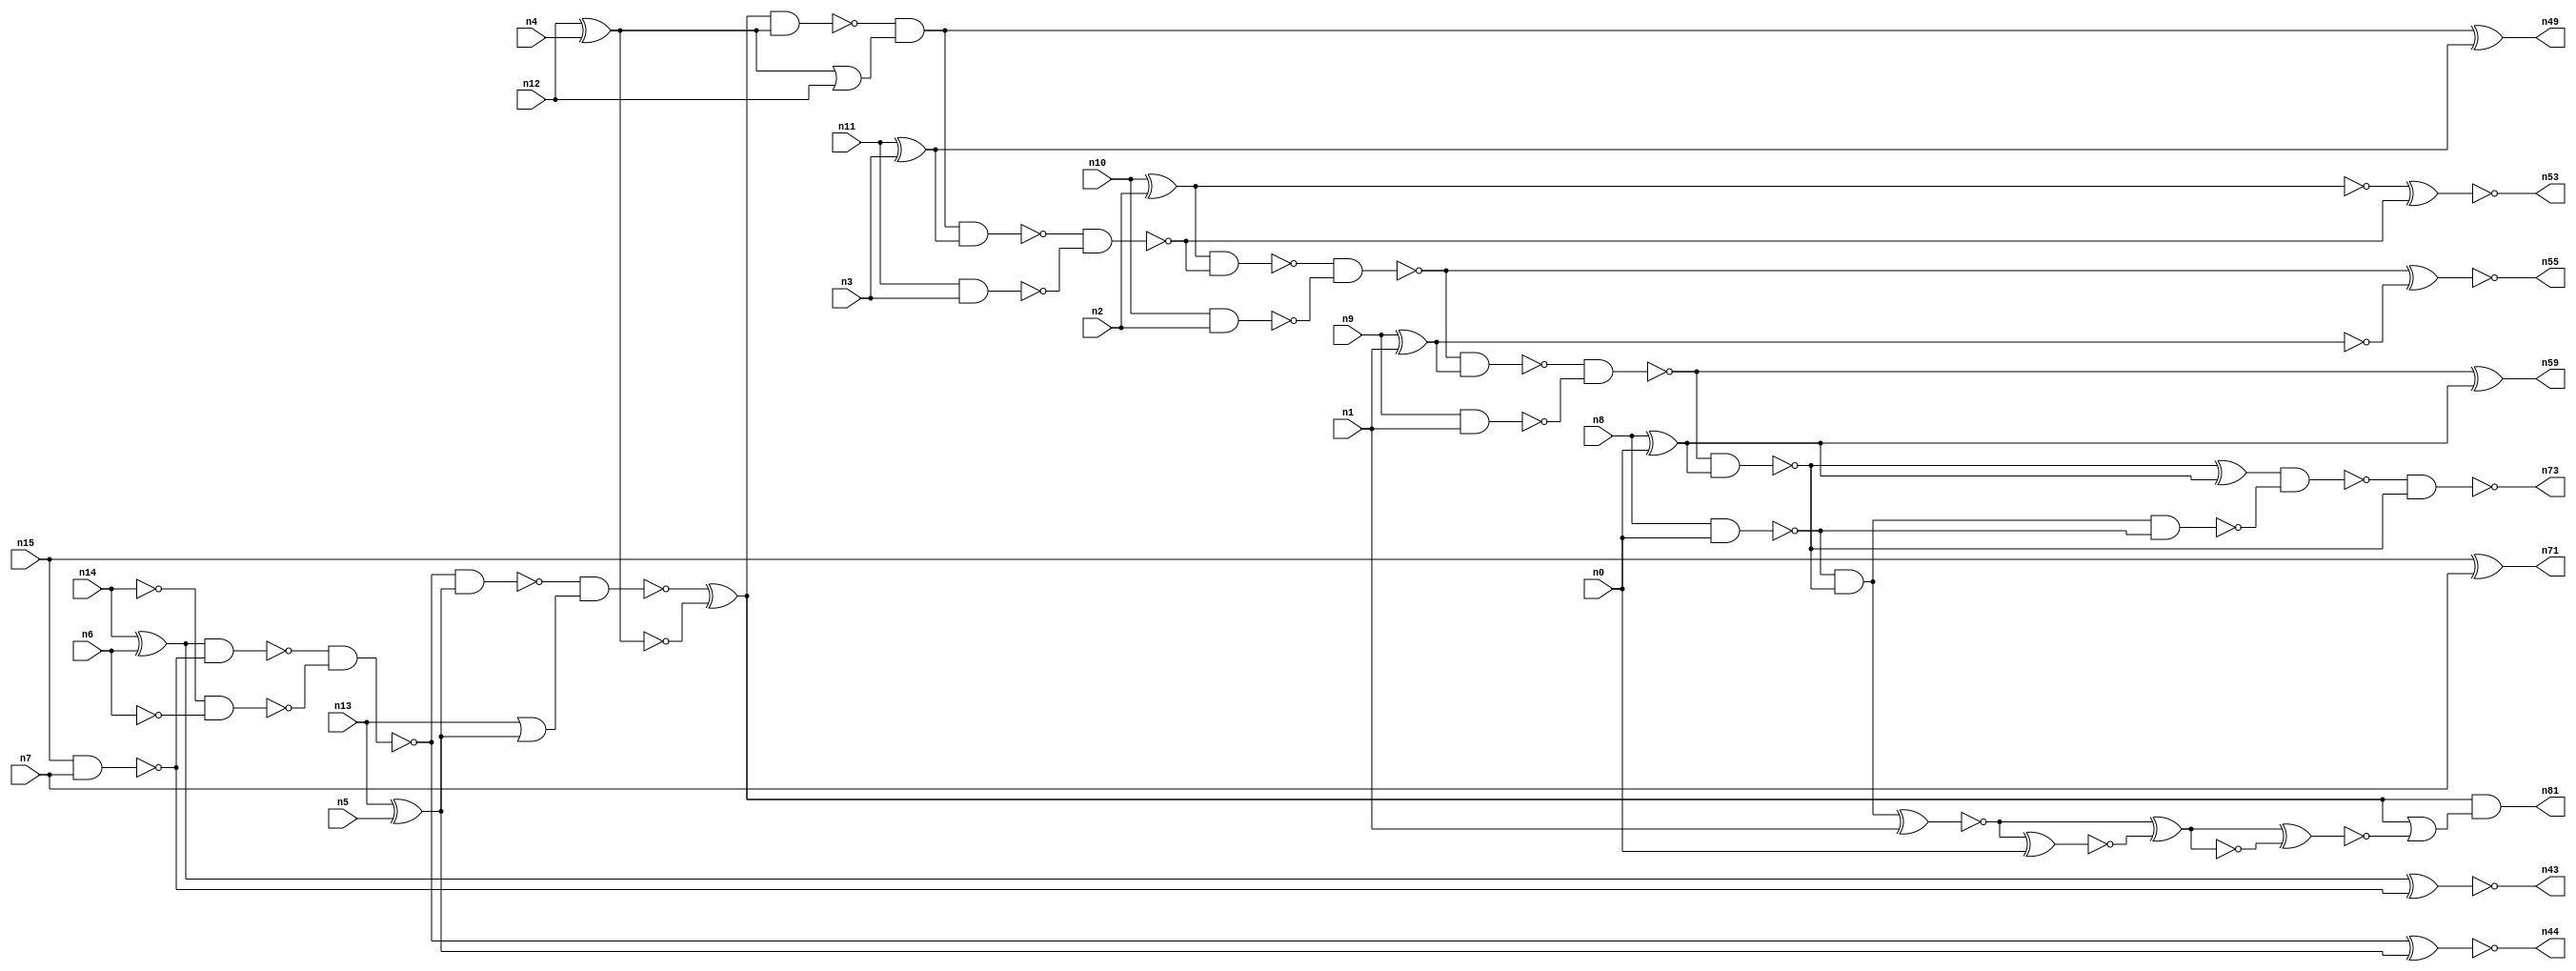
// This program was cloned from: https://github.com/umar-afzaal/ReCkt
// License: MIT License

// This file contains a pareto-optimal circuit with respect to power and the fault-resilince parameter p_fault which is defined as:
// "For all input vectors, the ratio of the no. of faults observable at the POs to the no. of total possible faults in the circuit".
// This code is part of the ReCkt library (https://github.com/umar-afzaal/ReCkt) distributed under The MIT License.
// When used, please cite the following article(s):
// U. Afzaal, A.S. Hassan, M. Usman and J.A. Lee, "On the Evolutionary Synthesis of Increased Fault-resilience Arithmetic Circuits".

// p_fault = 78.3 %    (Lower is better)
// gates = 57.0
// levels = 23
// area = 75.91    (For MCNC library relative to nand2)
// power = 339.3 uW    (Berkely-SIS for MCNC library @ Vdd=5V and 20 MHz clock)
// delay = 33.2 ns    (Berkely-ABC for MCNC library)
// PDP = 1.12648e-11 J

// Pin mapping:
// {n0, n1, n2, n3, n4, n5, n6, n7} = A[7:0]
// {n8, n9, n10, n11, n12, n13, n14, n15} = B[7:0]
// {n73, n59, n55, n53, n49, n81, n44, n43, n71} = O[8:0]

module addr8u_power_20 (
n0, n1, n2, n3, n4, n5, n6, n7, n8, n9, n10, n11, n12, n13, n14, n15, 
n73, n59, n55, n53, n49, n81, n44, n43, n71
);

input n0, n1, n2, n3, n4, n5, n6, n7, n8, n9, n10, n11, n12, n13, n14, n15;
output n73, n59, n55, n53, n49, n81, n44, n43, n71;
wire n30, n24, n52, n61, n46, n68, n75, n18, n60, n17, n42, n51, n45, n78, n36, n47, n20, n37, n56, n23, 
n16, n40, n48, n62, n66, n21, n25, n41, n54, n27, n33, n28, n58, n22, n38, n39, n57, n31, n70, n19, 
n34, n32, n76, n26, n50, n29, n64, n35;

xor (n16, n14, n6);
nand (n17, n10, n2);
nand (n18, n15, n7);
xor (n19, n13, n5);
nand (n20, n9, n1);
xor (n21, n8, n0);
nand (n22, n14, n14);
xor (n23, n11, n3);
xnor (n24, n15, n7);
xor (n25, n10, n2);
or (n26, n13, n19);
xor (n27, n12, n4);
nand (n28, n8, n0);
nand (n29, n11, n3);
nand (n30, n6, n6);
xnor (n31, n9, n1);
or (n32, n27, n12);
nor (n33, n27, n27);
nand (n34, n16, n18);
and (n35, n19, n19);
nand (n36, n22, n30);
nand (n37, n25, n25);
nand (n38, n31, n31);
nand (n39, n38, n38);
and (n40, n16, n16);
nand (n41, n34, n36);
nand (n42, n41, n19);
xnor (n43, n40, n18);
xnor (n44, n41, n35);
nand (n45, n42, n26);
xor (n46, n45, n33);
nand (n47, n46, n27);
and (n48, n47, n32);
xor (n49, n48, n23);
nand (n50, n48, n23);
nand (n51, n50, n29);
nand (n52, n25, n51);
xnor (n53, n37, n51);
nand (n54, n52, n17);
xnor (n55, n54, n39);
nand (n56, n54, n38);
nand (n57, n56, n20);
nand (n58, n57, n21);
xor (n59, n57, n21);
and (n60, n28, n58);
xnor (n61, n60, n1);
xnor (n62, n61, n0);
nand (n64, n60, n28);
xor (n66, n58, n21);
xnor (n68, n61, n62);
nand (n70, n66, n64);
nand (n71, n24, n24);
nand (n73, n70, n58);
not (n75, n68);
xnor (n76, n75, n68);
or (n78, n46, n76);
and (n81, n46, n78);

endmodule